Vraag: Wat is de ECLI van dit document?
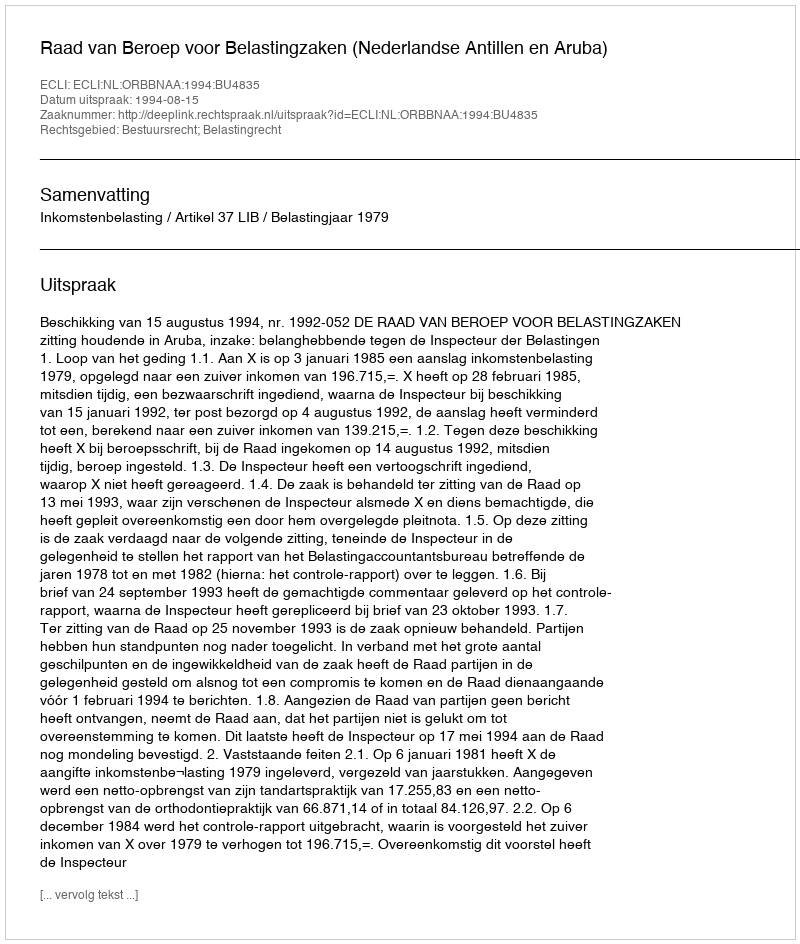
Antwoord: ECLI:NL:ORBBNAA:1994:BU4835